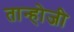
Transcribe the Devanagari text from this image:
तान्होजी